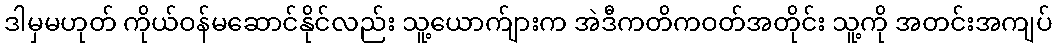
ဒါမှမဟုတ် ကိုယ်ဝန်မဆောင်နိုင်လည်း သူ့ယောက်ျားက အဲဒီကတိကဝတ်အတိုင်း သူ့ကို အတင်းအကျပ်